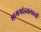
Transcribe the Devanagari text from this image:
भागभांडवलाची